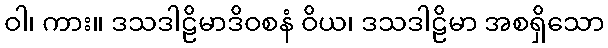
ဝါ၊ ကား။ ဒသဒါဠိမာဒိဝစနံ ဝိယ၊ ဒသဒါဠိမာ အစရှိသော